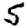
Digit: 5